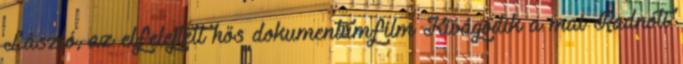
László, az elfelejtett hős dokumentumfilm Kivágódik a mai Radnóti